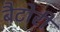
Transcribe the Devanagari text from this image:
बैटोरी